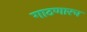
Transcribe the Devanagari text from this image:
गाठणारच